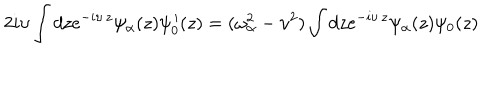
LaTeX: 2 i \upsilon \int d z e ^ { - i \upsilon \, z } \psi _ { \alpha } ( z ) \psi _ { 0 } ^ { \, \prime } ( z ) = ( \omega _ { \alpha } ^ { 2 } - \upsilon ^ { 2 } ) \int d z e ^ { - i \upsilon \, z } \psi _ { \alpha } ( z ) \psi _ { 0 } ( z )